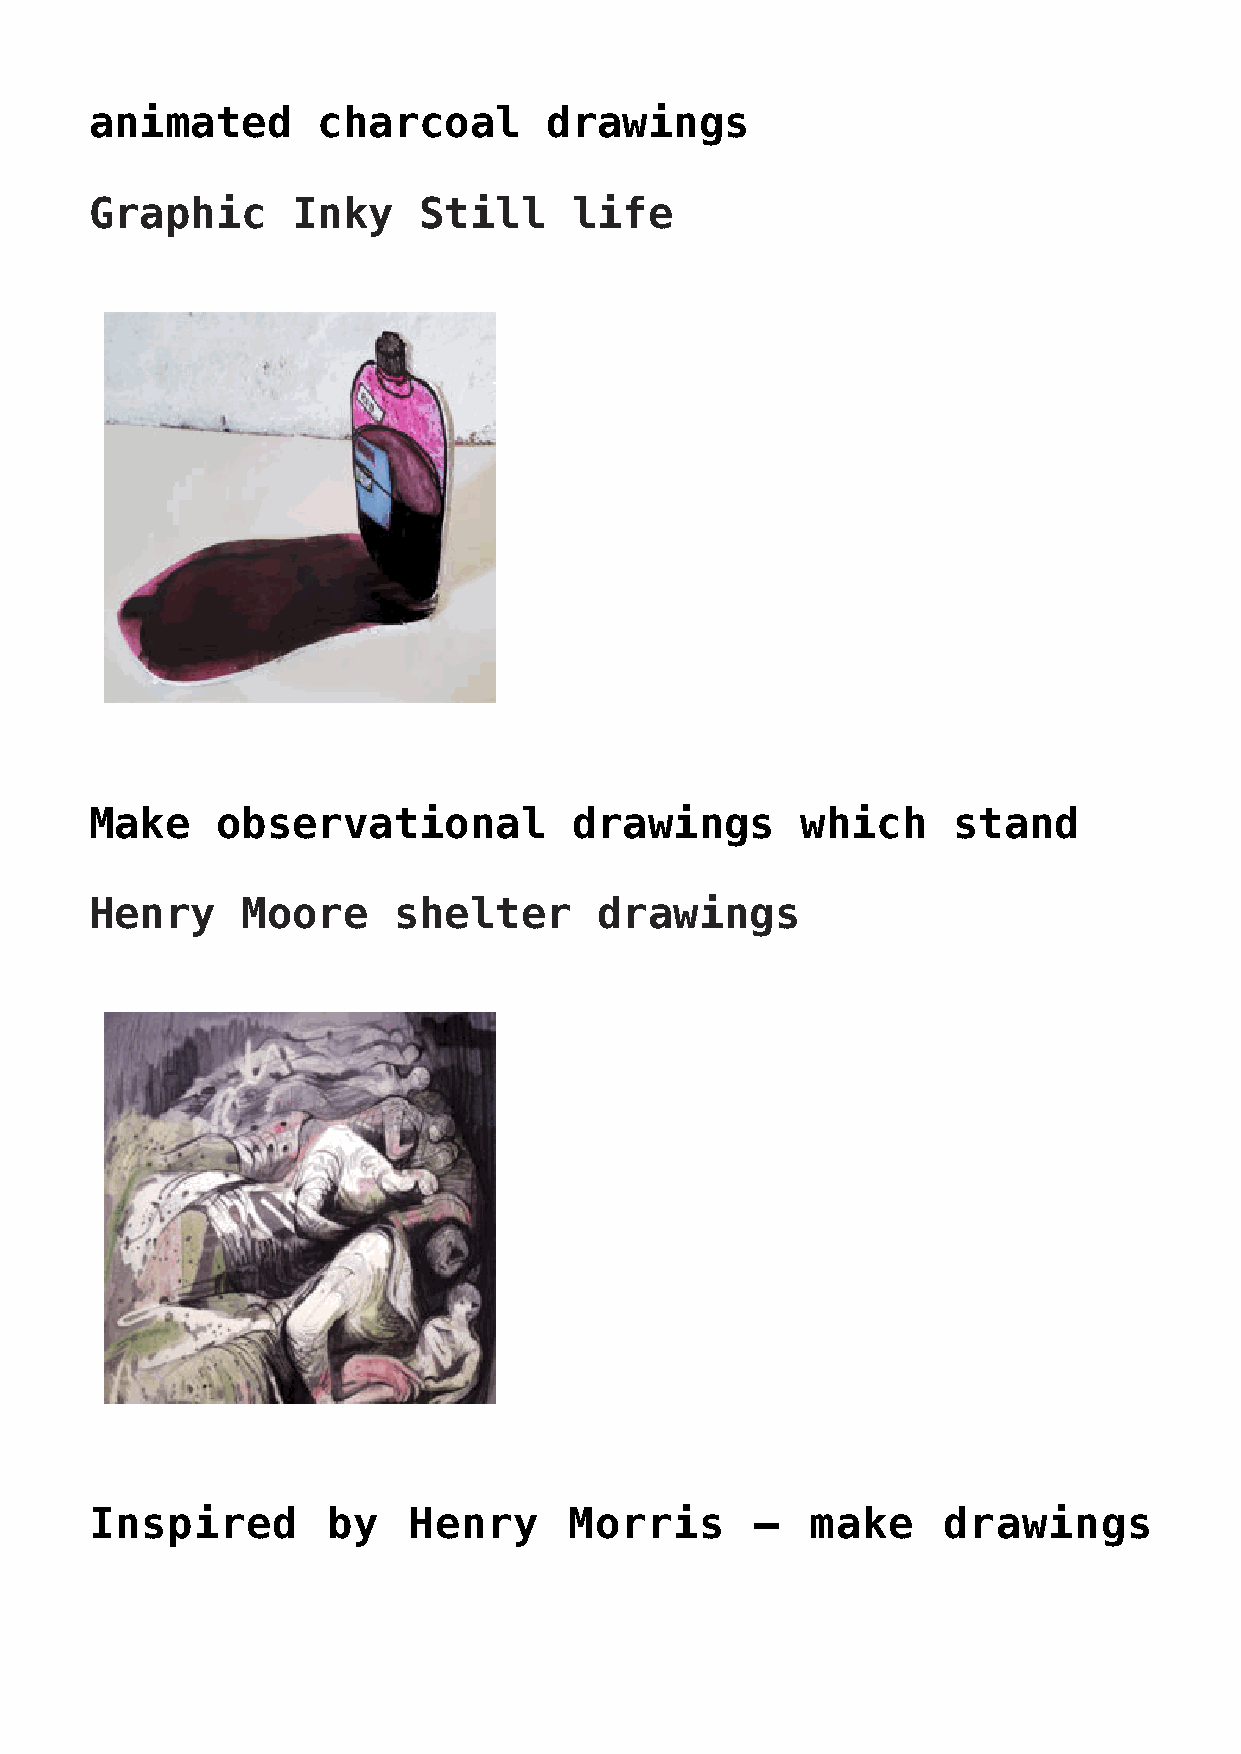
animated       charcoal       drawings
 Graphic      Inky     Still     life
 Make    observational           drawings       which     stand
 Henry     Moore     shelter      drawings
 Inspired        by   Henry      Morris      –   make    drawings